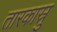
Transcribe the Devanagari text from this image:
तारकास्रु